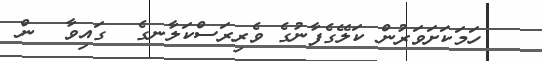
ހަމަކަށަވަރުން ކަލޭގެފާނުގެ ވެރިރަސްކަލާނގެ  ގައިވާ  ން